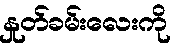
နှုတ်ခမ်းလေးကို